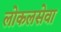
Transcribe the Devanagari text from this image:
लोकलसेवा